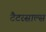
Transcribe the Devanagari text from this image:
टैटरसाल्स